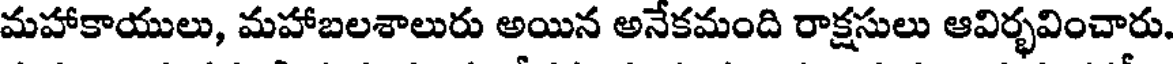
మహాకాయులు, మహాబలశాలురు అయిన అనేకమంది రాక్షసులు ఆవిర్భవించారు.